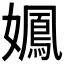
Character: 𫲉